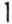
1